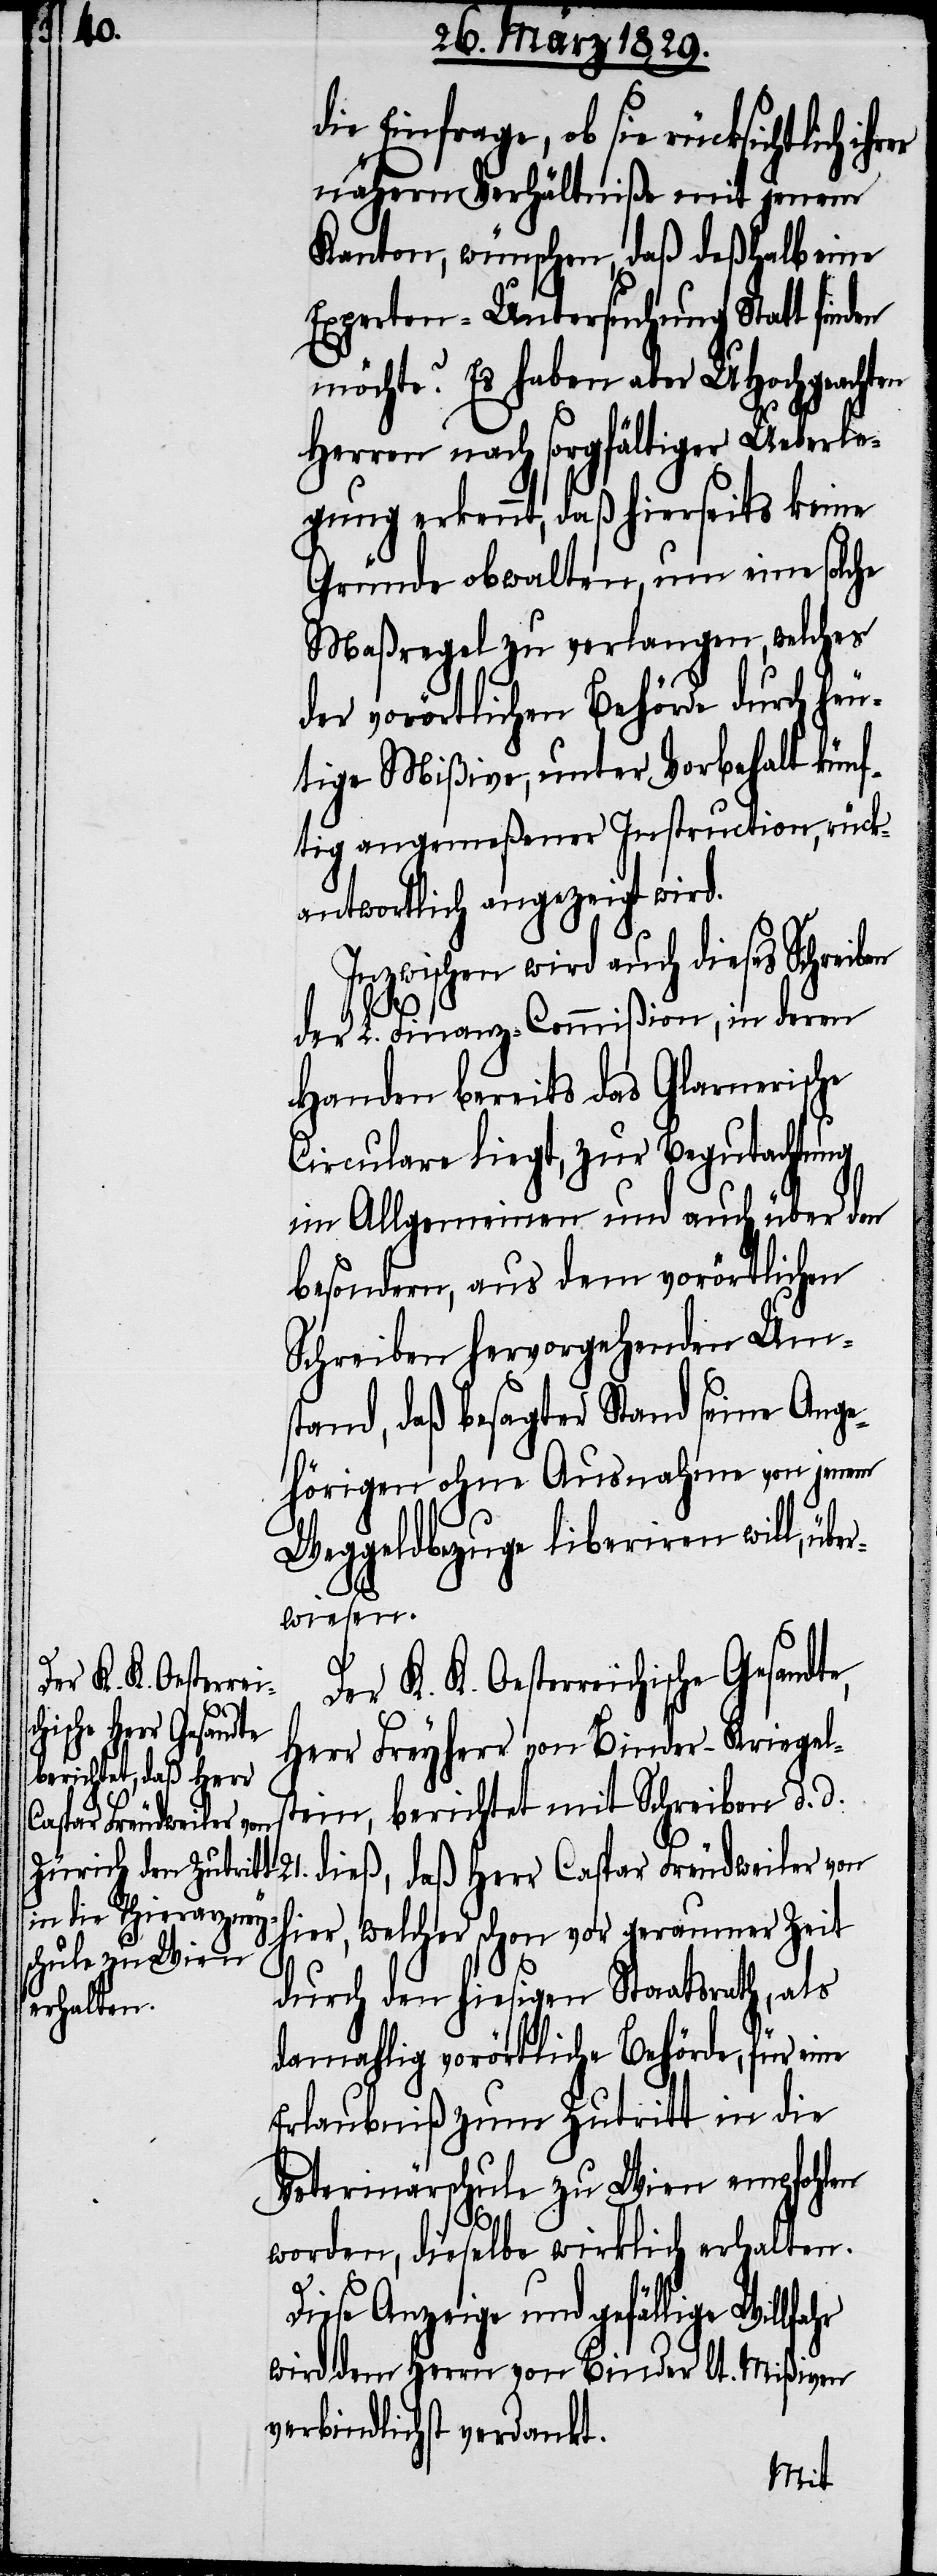
hr

ie Einfrage, ob sie rücksichtlich
nähern Verhältniße mit jenem
Kanton, wünsche, daß deßhalb eine
Experten-Untersuchung Statt fin¬
möchte? Es haben aber UHochgeachten
Herren nach sorgfältiger Ueberle¬
gung erkennt, daß hierseits keine
Gründe obwalten, um eine solc¬
Maßregel zu verlangen, welches
der vorörtlichen Behörde durch heu¬
tige Mißiven, unter Vorbehalt künf¬
tig angemeßener Instruction, rück¬
antwortlich angezeigt wird.
Inzwischen wird auch dieses Schreib¬
der L. Finanz-Commißion , in deren
Handen bereits das Glarnerische
Circular liegt, zur Begutachtung
im Allgemeinen und auch über den
besondern, aus dem vorörtlichen
Schreiben hervorgehenden Um¬
stand, daß besagter Stand seine Ange¬
hörigen ohne Ausnahme von jenem
Weggeldbezuge liberiren will, übe¬
rwiesen.
Der K. K. Oesterre¬
hische Gesandte,
Herr Freyherr von Binder-Kriegel¬
stein, berichtet mit Schreiben d. d.
Caspar Freudweiler v¬
on hier, welcher schon vor geraumer Zeit
durch den hiesigen Staatsrath, als
damahlig vorörtliche Behörde, für eine
Erlaubniß zum Zutritt in die
Veterinärschule zu Wien empfohlen
worden, dieselbe wirklich erhalten.
Diese Anzeige und gefällige Willfa¬
wird dem Herrn von Binder lt. Mißiven
verbindlichst verdankt.